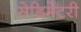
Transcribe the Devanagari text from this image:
सेडिमेंटरी